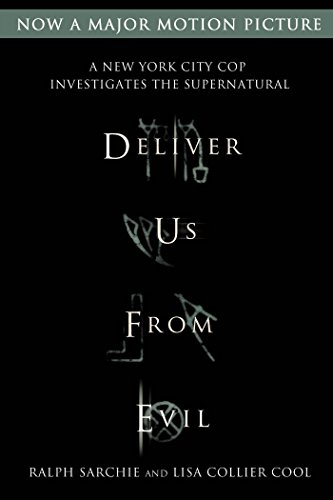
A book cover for Deliver Us from Evil: A New York City Cop Investigates the Supernatural; Ralph Sarchie; Religion & Spirituality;